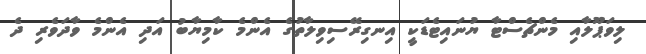
ލިވަޕޫލާއި މެންޗެސްޓާ ޔުނައިޓެޑަކީ އިނގިރޭސިވިލާތުގެ އެންމެ ކާމިޔާބު އަދި އެންމެ ވާދަވެރި ދެ